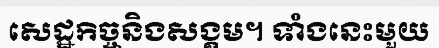
សេដ្ឋកិច្ចនិងសង្គម។ ទាំងនេះមួយ